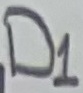
Text: D1